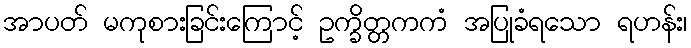
အာပတ် မကုစားခြင်းကြောင့် ဥက္ခိတ္တကကံ အပြုခံရသော ရဟန်း၊